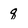
Character: q